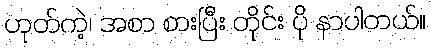
ဟုတ်ကဲ့၊ အစာ စားပြီး တိုင်း ပို နာပါတယ်။